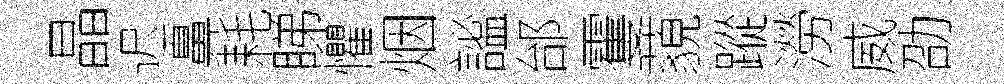
晶迟鼻耗睇懼烟謐邰䨥藐蹤澇威劭